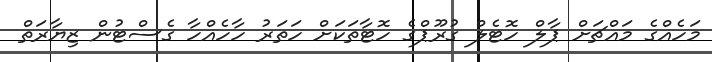
މަހެއްގެ މައްޗަށް ޕާލް ހޮޓެލް ގުރޫޕްގެ ހޮޓާތަކަށް ހަތަރު ހާހެއްހާ ގެސްޓުން ޒިޔާރަތް